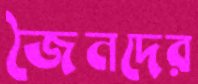
জৈনদের